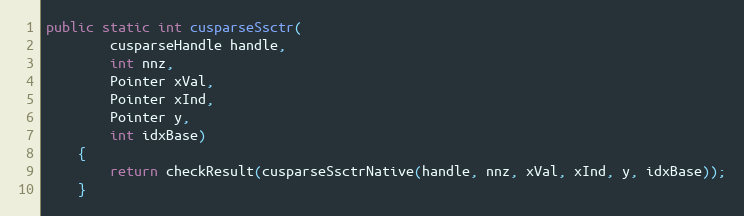
Language: Java
public static int cusparseSsctr(
        cusparseHandle handle,
        int nnz,
        Pointer xVal,
        Pointer xInd,
        Pointer y,
        int idxBase)
    {
        return checkResult(cusparseSsctrNative(handle, nnz, xVal, xInd, y, idxBase));
    }